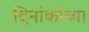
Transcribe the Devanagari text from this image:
दिनांकांच्या